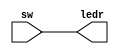
module switch_toggle(sw, ledr);
  input [9:0] sw;
  output [9:0] ledr;
  
  assign ledr = sw;
endmodule